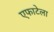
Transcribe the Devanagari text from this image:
एफाटेला